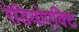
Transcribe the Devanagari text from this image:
रेडियोएक्टि